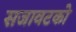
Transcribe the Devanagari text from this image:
सजावटको